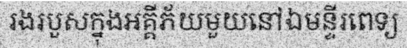
រងរបួសក្នុងអគ្គីភ័យមួយនៅឯមន្ទីរពេទ្យ